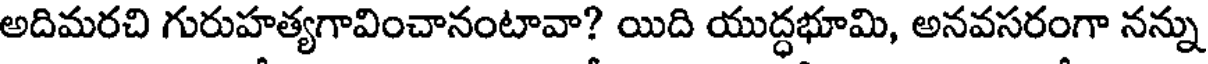
అదిమరచి గురుహత్యగావించానంటావా? యిది యుద్ధభూమి, అనవసరంగా నన్ను